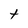
Character: t